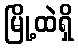
မြို့ထဲရှိ